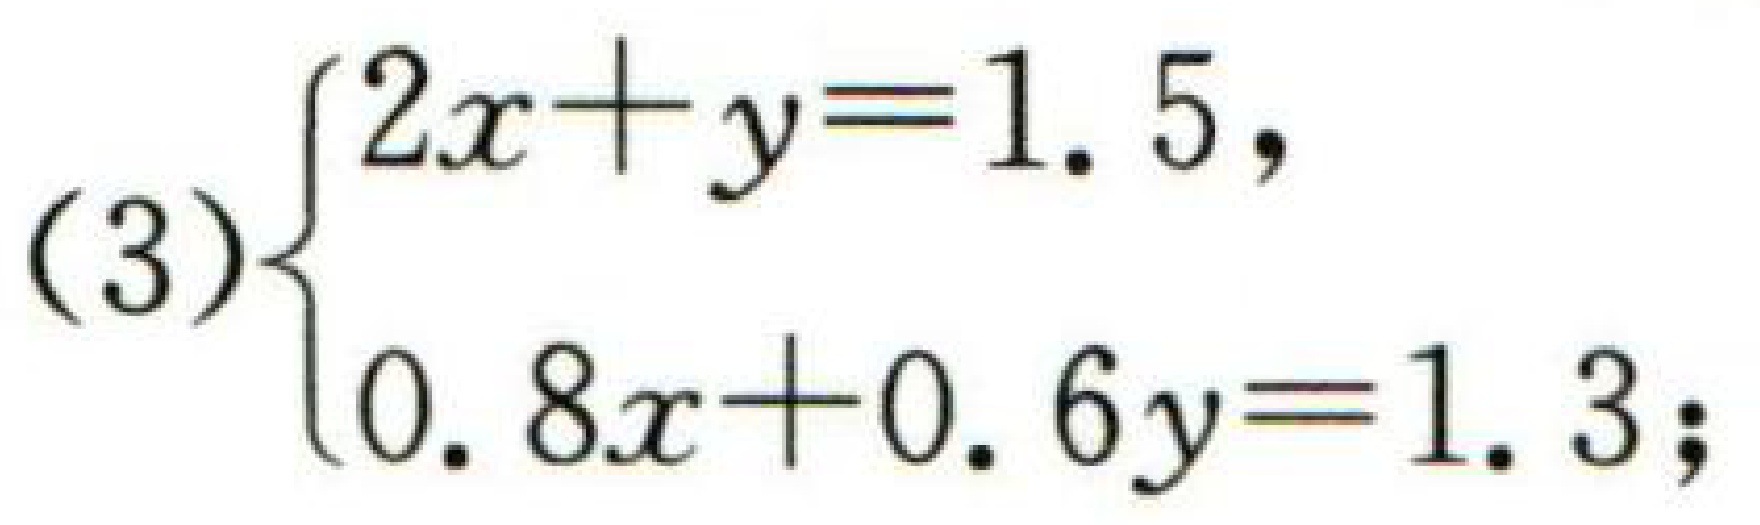
(3)$\begin{cases}2x + y = 1.5,\\0.8x + 0.6y = 1.3;\end{cases}$